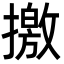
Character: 撽